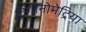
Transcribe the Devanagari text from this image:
ट्रिगोनोमेट्रिया